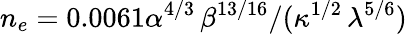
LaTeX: n_{e}=0.0061\alpha^{4/3}\, \beta^{13/16}/(\kappa^{1/2}\, \lambda^{5/6})